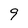
Character: 9